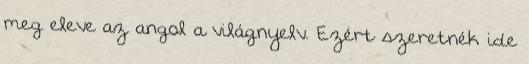
meg eleve az angol a világnyelv. Ezért szeretnék ide